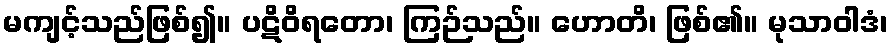
မကျင့်သည်ဖြစ်၍။ ပဋိဝိရတော၊ ကြဉ်သည်။ ဟောတိ၊ ဖြစ်၏။ မုသာဝါဒံ၊